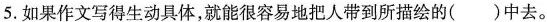
5.如果作文写得生动具体，就能很容易地把人带到所描绘的()中去。